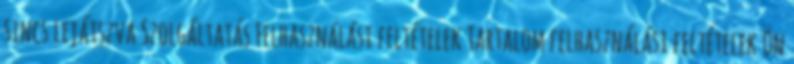
sincs lejátszva Szolgáltatás Felhasználási feltételek Tartalom felhasználási feltételek Ön